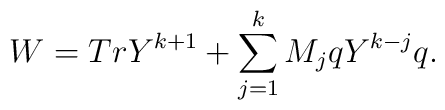
W = Tr Y^{k+1} + \sum^k_{j=1} M_j q Y^{k-j} q.